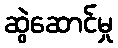
ဆွဲဆောင်မှု